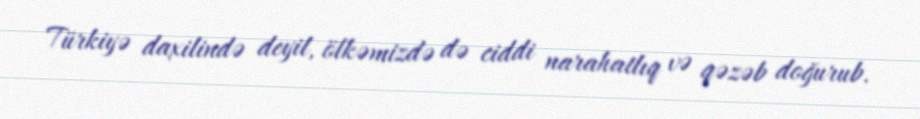
Türkiyə daxilində deyil, ölkəmizdə də ciddi narahatlıq və qəzəb doğurub.